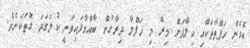
އެހެން ހަފްތާތަކާއި ހިލާފަށް މިރޭ މި ހަފްލާ ދިރާގުން ބާއްވާފައިވަނީ ކުލަގަދަ ގޮތަކަށެވެ.